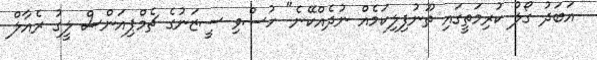
އަބަދު ގޯލު ކުރިމަތީގައި ތޫނުފިލިކަމެއް ނުދެއްކޭނެ" ހުސްވި ސީޒަނުގެ ޗެމްޕިއަންސް ލީގު ރެއާލް